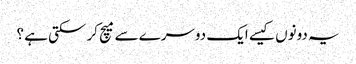
یہ دونوں کیسے ایک دوسرے سے میچ کر سکتی ہے ؟